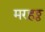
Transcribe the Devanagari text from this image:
मरहठ्ठ